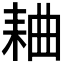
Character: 𫅻